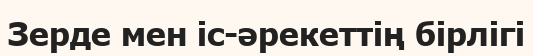
Зерде мен іс-әрекеттің бірлігі